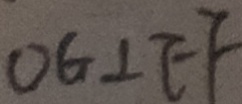
O G \bot E F